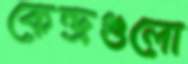
কেন্দ্রগুলো